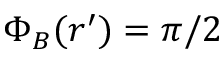
\Phi _ { B } ( \boldsymbol { r } ^ { \prime } ) = \pi / 2